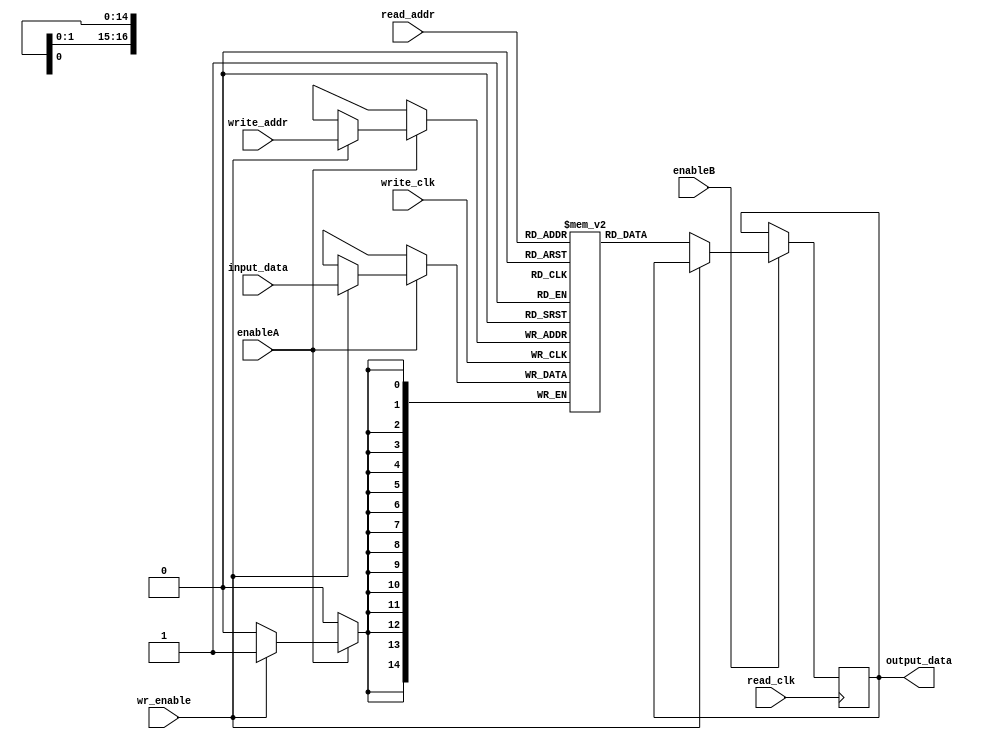
// Create a buffer to store pixels data for a frame of 320x240 pixels -> 76800 pixels,
// Data for each pixel is 15 bits  

module frame_memory #(parameter  depth = 76800, parameter DEBUG_READ_MODE = 0, parameter width = 15)(
    input wire write_clk,         
    input wire wr_enable, 
    input wire enableA,     
    input wire [width-1:0] input_data, 
    input wire [$clog2(depth)-1:0] write_addr, 

    input wire read_clk,  
    input wire enableB,        
    input wire [$clog2(depth)-1:0] read_addr,  
    output reg [width-1:0] output_data	  
);

    reg [width-1:0] mem[depth-1:0]; 

    initial begin
        output_data = 15'b0;
        //mem[depth/2] = 15'hFFFF;
        if(DEBUG_READ_MODE)begin
            $readmemh("imagehex.mem", mem);
        end
    end
    
    always @(posedge write_clk) begin
        if (enableA) begin
            if (wr_enable) begin
                mem[write_addr] <= input_data;
            end 
        end
    end

    always @(posedge read_clk) begin 
        if (enableB) begin
            if (!wr_enable) begin
               output_data <=  mem[read_addr];  
            end    
        end  
        
    end
endmodule